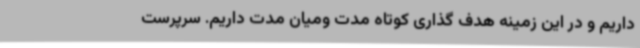
داریم و در این زمینه هدف گذاری کوتاه مدت ومیان مدت داریم. سرپرست